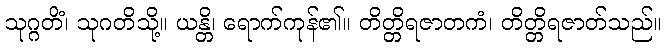
သုဂ္ဂတိံ၊ သုဂတိသို့။ ယန္တိ၊ ရောက်ကုန်၏။ တိတ္တိရဇာတကံ၊ တိတ္တိရဇာတ်သည်။